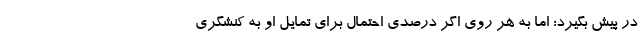
در پیش بگیرد؛ اما به هر روی اگر درصدی احتمال برای تمایل او به کنشگری